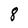
Character: 8